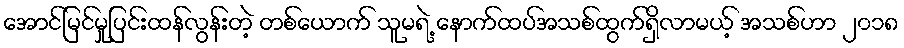
အောင်မြင်မှုပြင်းထန်လွန်းတဲ့ တစ်ယောက် သူမရဲ့ နောက်ထပ်အသစ်ထွက်ရှိလာမယ့် အသစ်ဟာ ၂၀၁၈